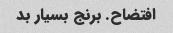
افتضاح. برنج بسیار بد